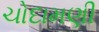
ચોદામણી